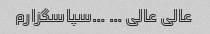
عالی عالی … …سپاسگزارم